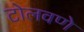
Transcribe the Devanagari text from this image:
टोलवणे